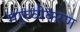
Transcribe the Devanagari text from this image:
मा्रुवीकरण